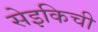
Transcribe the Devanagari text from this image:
सेइकिची